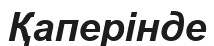
Қаперінде